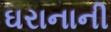
ઘરાનાની